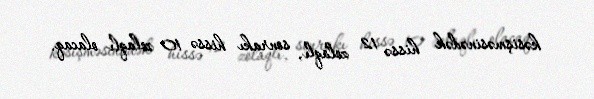
kəsişməsinədək hissə 12 zolaqlı, sonrakı hissə 10 zolaqlı olacaq.